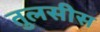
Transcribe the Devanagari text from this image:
तुलसीस